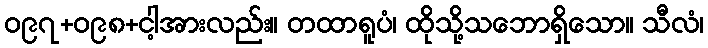
ဝ၉၇+ဝ၉၈+ငါ့အားလည်း။ တထာရူပံ၊ ထိုသို့သဘောရှိသော။ သီလံ၊